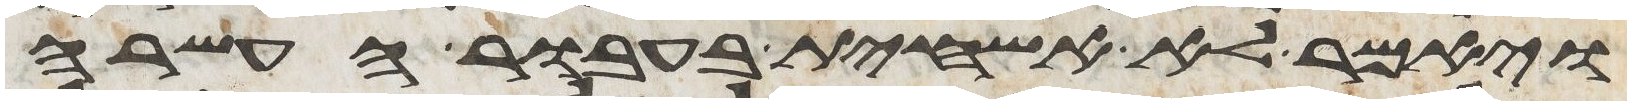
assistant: ויאמר לא אשחית בעבור העשרה